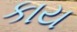
કાય